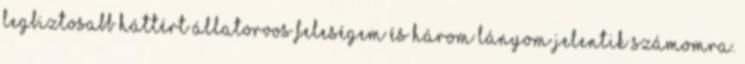
legbiztosabb háttért állatorvos feleségem és három lányom jelentik számomra.